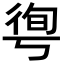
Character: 𢔐